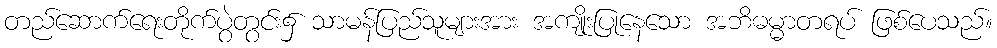
တည်ဆောက်ရေးတိုက်ပွဲတွင်း၌ သာမန်ပြည်သူများအား အကျိုးပြုနေသော အဘိဓမ္မာတရပ် ဖြစ်ပေသည်။